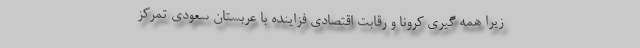
زیرا همه گیری کرونا و رقابت اقتصادی فزاینده با عربستان سعودی تمرکز